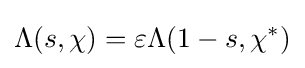
\Lambda (s,\chi )=\varepsilon \Lambda (1-s,\chi ^{*})